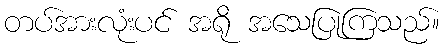
တပ်အားလုံးပင် အရို အသေပြုကြသည်။